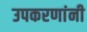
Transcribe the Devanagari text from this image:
उपकरणांनी